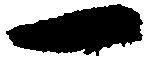
一